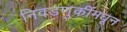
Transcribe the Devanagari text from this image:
निवडणुकींमधून